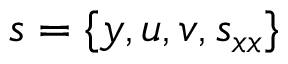
s = \{ y , u , v , s _ { x x } \}